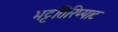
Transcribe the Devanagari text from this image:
भट्टतिरिप्पाट